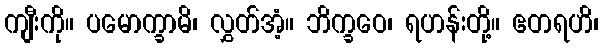
ကျီးကို။ ပမောက္ခာမိ၊ လွှတ်အံ့။ ဘိက္ခဝေ၊ ရဟန်းတို့။ ဧတရဟိ၊